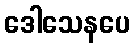
ဒေါသေနပေ